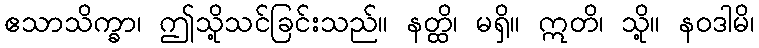
ဧသာသိက္ခာ၊ ဤသို့သင်ခြင်းသည်။ နတ္ထိ၊ မရှိ။ ဣတိ၊ သို့။ နဝဒါမိ၊